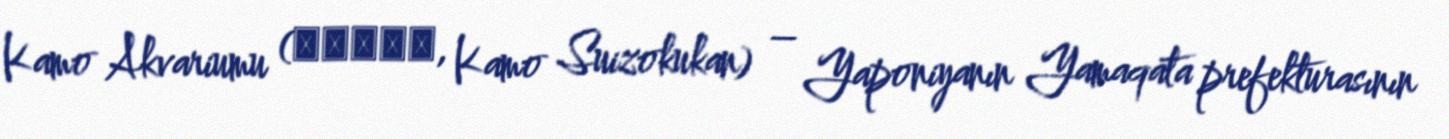
Kamo Akvariumu (加茂水族館, Kamo Suizokukan) – Yaponiyanın Yamaqata prefekturasının